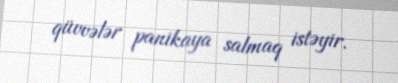
qüvvələr panikaya salmaq istəyir.